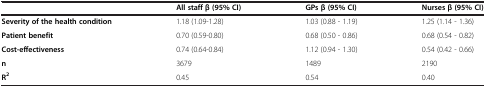
|  | All staff β (95% CI) | GPs β (95% CI) | Nurses β (95% CI) |
 | --- | --- | --- | --- |
 | Severity of the health condition | 1.18 (1.09-1.28) | 1.03 (0.88 - 1.19) | 1.25 (1.14 - 1.36) |
 | Patient benefit | 0.70 (0.59-0.80) | 0.68 (0.50 - 0.86) | 0.68 (0.54 - 0.82) |
 | Cost-effectiveness | 0.74 (0.64-0.84) | 1.12 (0.94 - 1.30) | 0.54 (0.42 - 0.66) |
 | n | 3679 | 1489 | 2190 |
 | R2 | 0.45 | 0.54 | 0.40 |